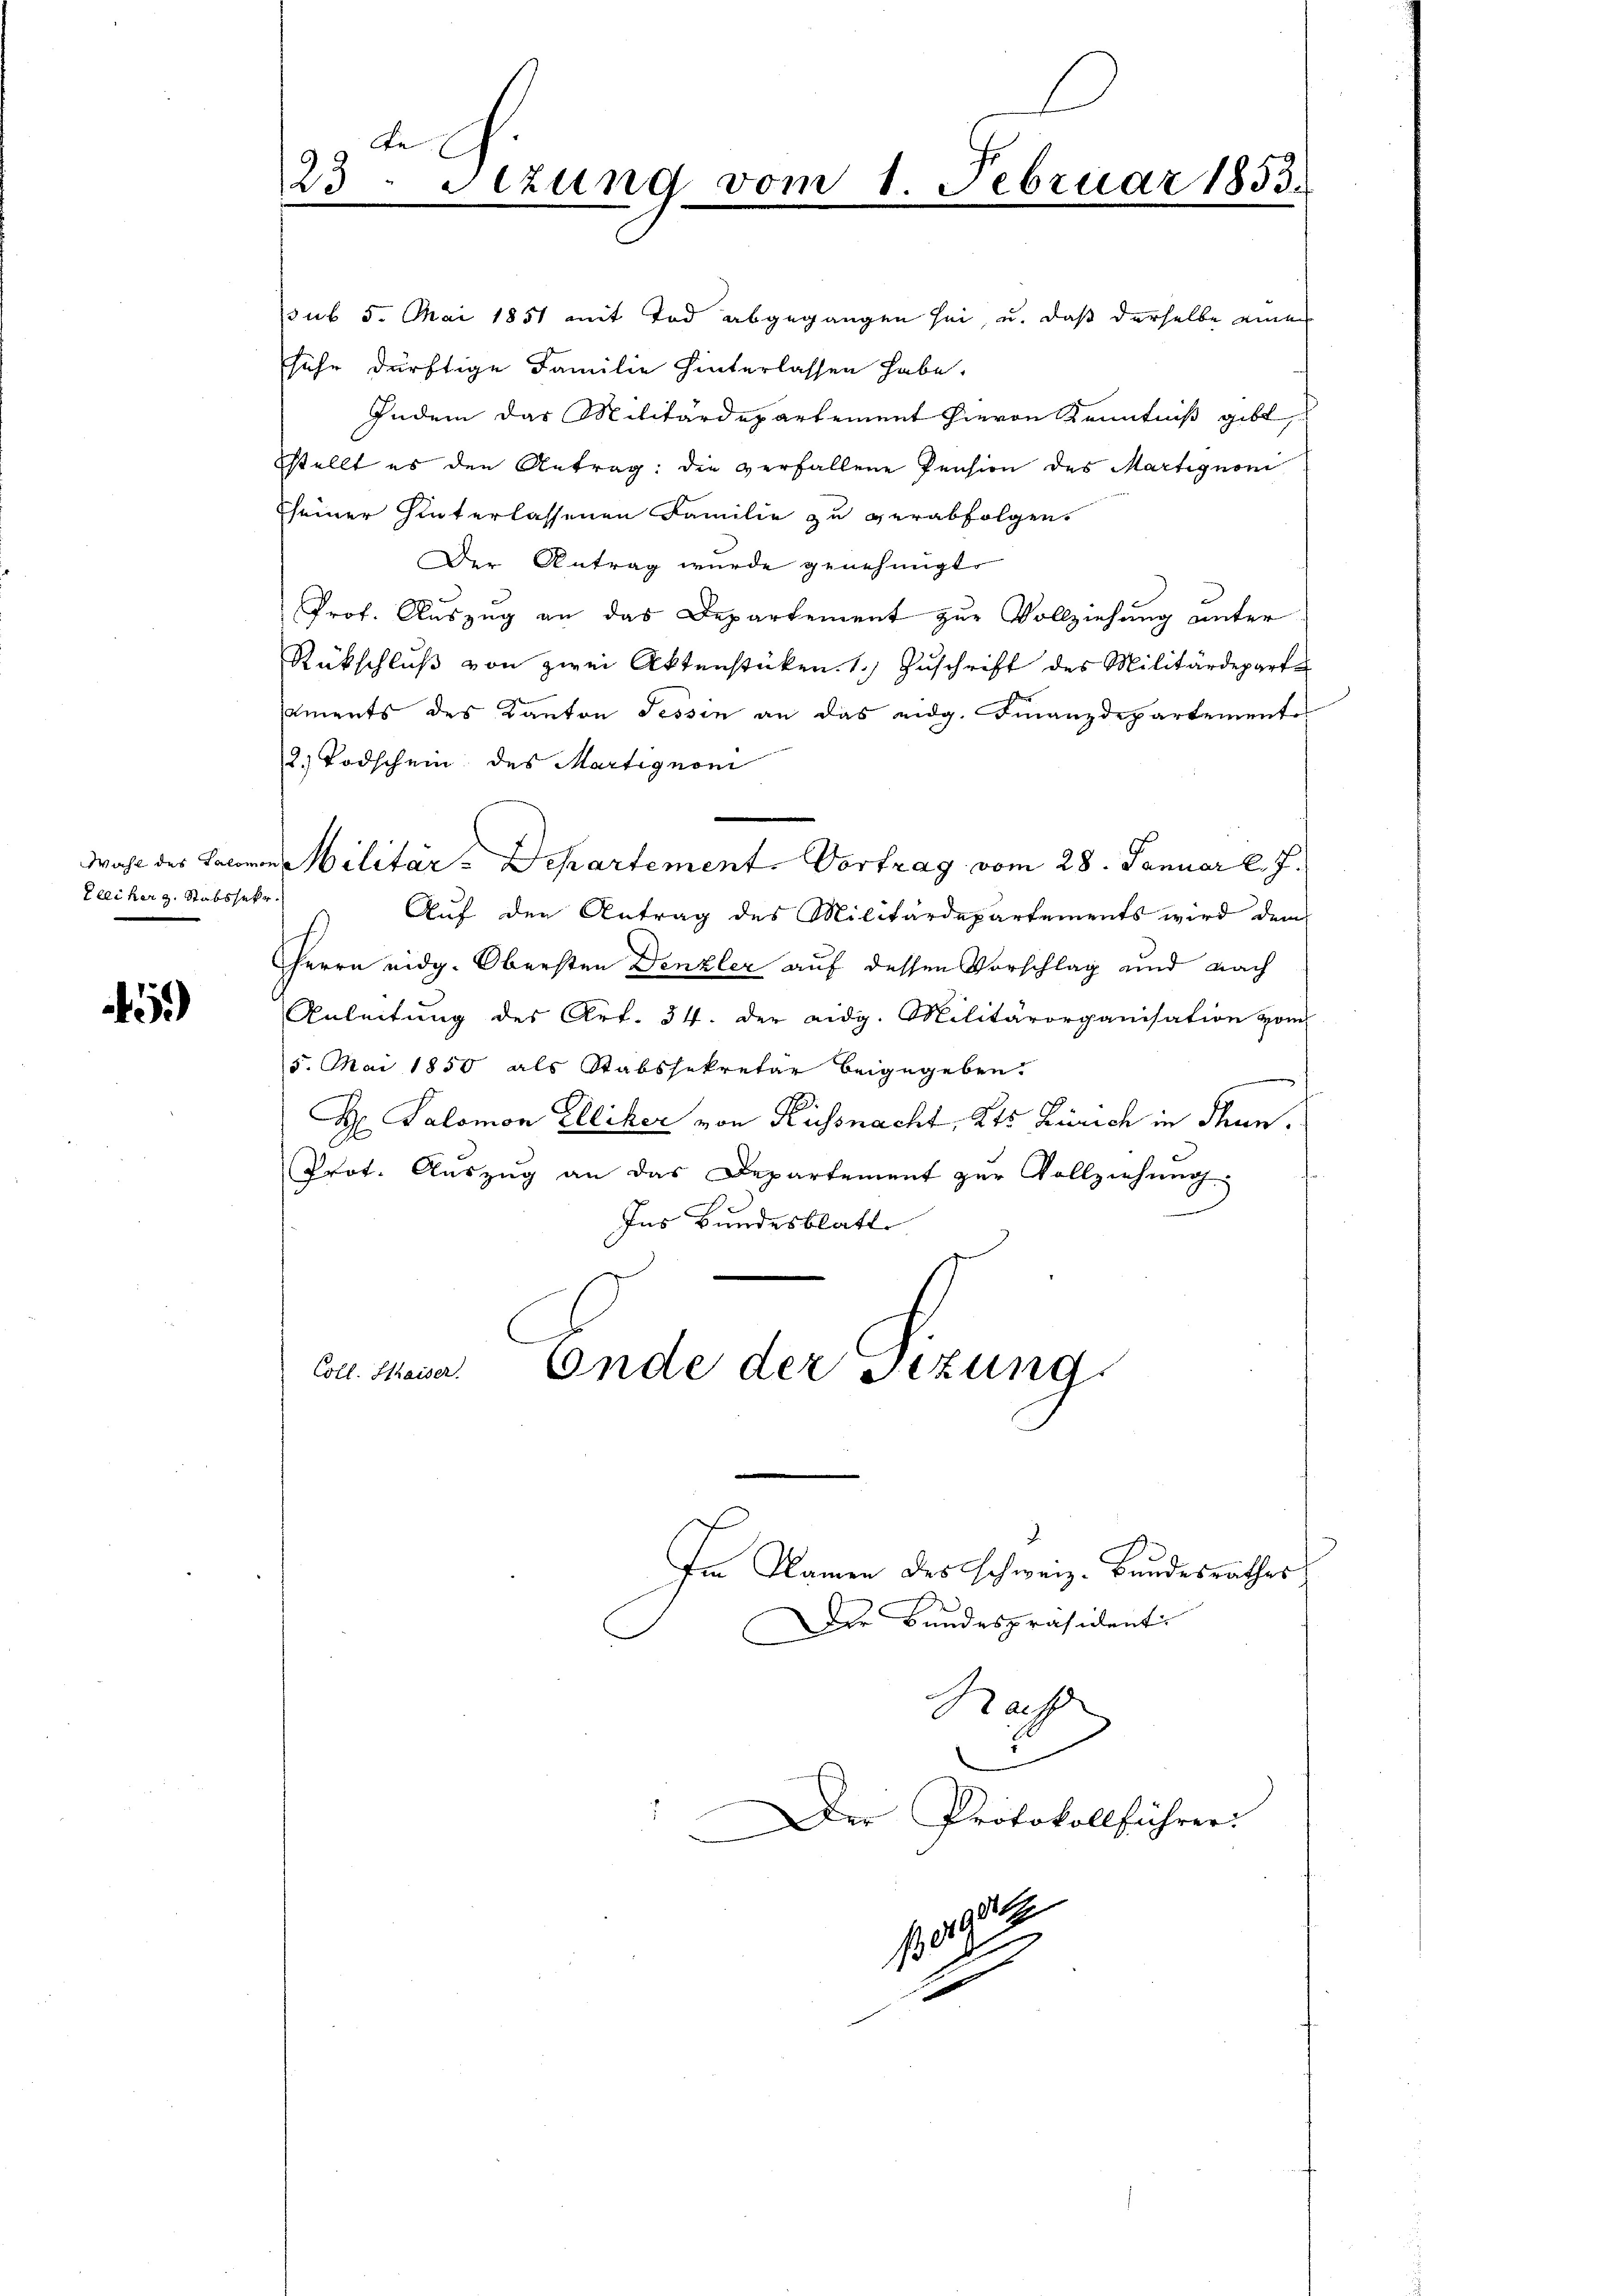
Zeeiker z. Stabssek

)

Fe
23 Stzung vom

ssub 5. Mai 1851 mit Tod abgegangen sei, u. daß derselbe eines
sehr dürftige Familie hinterlassen habe.
Indem das Militärdepartement hievon Kenntniß gibt,
stellt es den Antrag: die verfallene Pension des Martignoni
Eseiner hinterlassenen Familie zu verabfolgen.
Der Antrag wurde genehmigt.
Prof. Auszug an das Departement zur Vollziehung unter
Rückschlŭβ von zwei Aktenstücken. 1.) Zuschrift des Militärdeparte
aments des Kanton Tessin an das eidg. Finanzdepartemente
2. Todschein des Martignon
Wahl des Laboren Militär-Departement. Vortrag vom 28. Januar l. J.
e
Auf den Antrag des Militärdepartements wird dem
Herrn eidg. Obersten Denzler auf dessen Vorschlag und nach
Anleitung des Art. 34. der eidg. Militärorganisation vom
5. Mai 1850 als Stabssekretär beigegeben.
H Salomon Elliker von Küssnacht, Kts Zürich in Thun.
Prot. Aŭszŭg an das Departement zŭr Vollziehung
Ins Bundesblatt
Coll. Kaiser. Ende der Sitzung
Im Namen des Schweiz. Bundesrathes
Der Bundespräsident:
C
Rachs
e
Der Protokollführer:

1.

Februar 1853.

11904

2